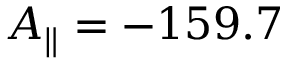
A _ { \parallel } = - 1 5 9 . 7